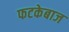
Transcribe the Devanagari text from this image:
फटकेबाज